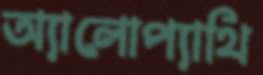
অ্যালোপ্যাথি